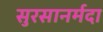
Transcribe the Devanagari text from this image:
सुरसानर्मदा